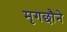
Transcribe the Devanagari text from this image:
मृगछौने